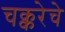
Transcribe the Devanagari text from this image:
चक्करेचे